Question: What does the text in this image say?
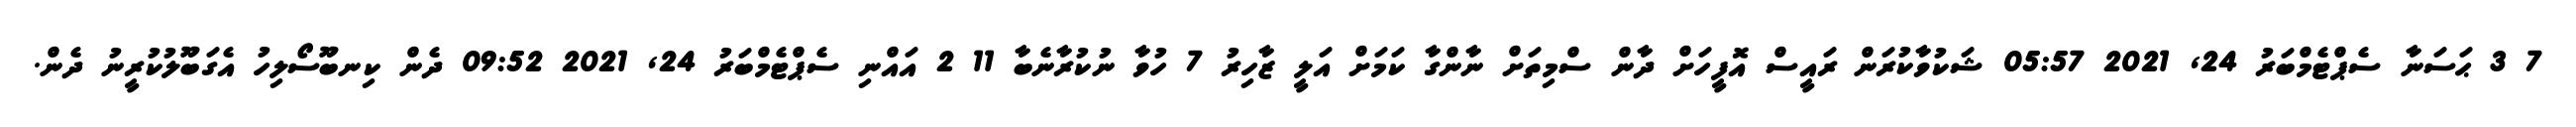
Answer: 7 3 ޙަސަނާ ސެޕްޓެމްބަރު 24, 2021 05:57 ޝަކުވާކުރަން ރައީސް އޮފީހަށް ދާން ސްމިތަށް ނާންގާ ކަމަށް އަލީ ޒާހިރު 7 ހުވާ ނުކުރާނެބާ 11 2 އައްނި ސެޕްޓެމްބަރު 24, 2021 09:52 ދެން ކިނބޫސޯލިހު އެގަބޫލުކުރީނު ދެން.